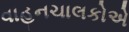
વાહનચાલકોએ